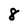
Character: 8